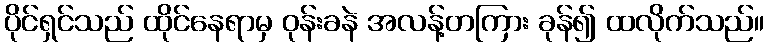
ပိုင်ရှင်သည် ထိုင်နေရာမှ ဝုန်းခနဲ အလန့်တကြား ခုန်၍ ထလိုက်သည်။